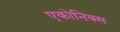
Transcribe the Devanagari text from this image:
एकोनिक्स